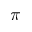
\pi